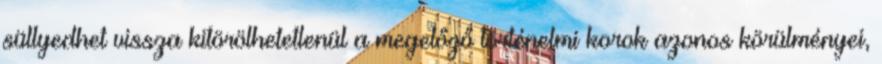
süllyedhet vissza kitörölhetetlenül a megelőző történelmi korok azonos körülményei,